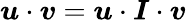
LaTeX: \boldsymbol{u}\cdot\boldsymbol{v}=\boldsymbol{u}\cdot\boldsymbol{I}\cdot\boldsymbol{v}